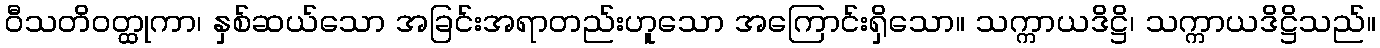
ဝီသတိဝတ္ထုကာ၊ နှစ်ဆယ်သော အခြင်းအရာတည်းဟူသော အကြောင်းရှိသော။ သက္ကာယဒိဋ္ဌိ၊ သက္ကာယဒိဋ္ဌိသည်။